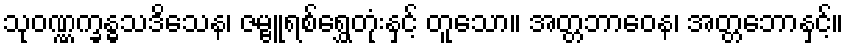
သုဝဏ္ဏက္ခန္ဓသဒိသေန၊ ဇမ္ဗူရစ်ရွှေတုံးနှင့် တူသော။ အတ္တဘာဝေန၊ အတ္တဘောနှင့်။